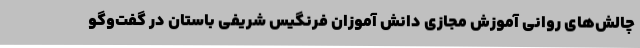
چالش‌های روانی آموزش مجازی دانش آموزان فرنگیس شریفی باستان در گفت‌وگو